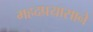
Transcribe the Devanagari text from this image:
महदप्रयासाने